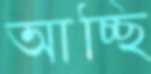
আচ্ছি